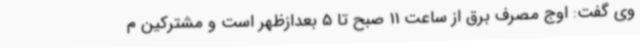
وی گفت: اوج مصرف برق از ساعت 11 صبح تا 5 بعدازظهر است و مشترکین م